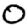
Digit: 0